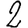
Digit: 2